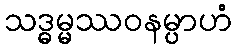
သဒ္ဓမ္မဿဝနမ္ပာဟံ